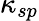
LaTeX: \kappa_{sp}